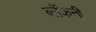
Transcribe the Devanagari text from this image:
ब्लॅकनी